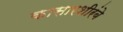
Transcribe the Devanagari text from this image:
कासारशीरंबे